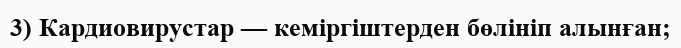
3) Кардиовирустар — кеміргіштерден бөлініп алынған;